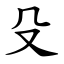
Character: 殳